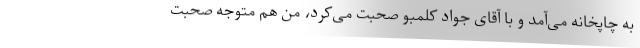
به چاپخانه می‌آمد و با آقای جواد کلمبو صحبت می‌کرد، من هم متوجه صحبت